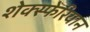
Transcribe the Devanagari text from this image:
शेक्स्फेरियान